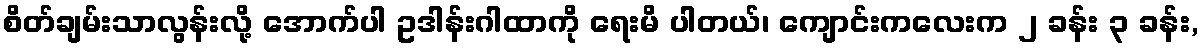
စိတ်ချမ်းသာလွန်းလို့ အောက်ပါ ဥဒါန်းဂါထာကို ရေးမိ ပါတယ်၊ ကျောင်းကလေးက ၂ ခန်း ၃ ခန်း,